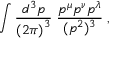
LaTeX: \int \frac { d ^ { 3 } p } { { ( 2 \pi ) } ^ { 3 } } \; \frac { p ^ { \mu } p ^ { \nu } p ^ { \lambda } } { ( p ^ { 2 } ) ^ { 3 } } \; ,